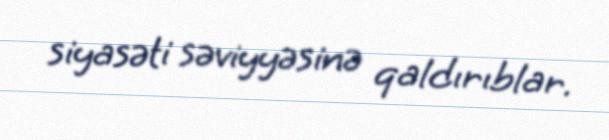
siyasəti səviyyəsinə qaldırıblar.